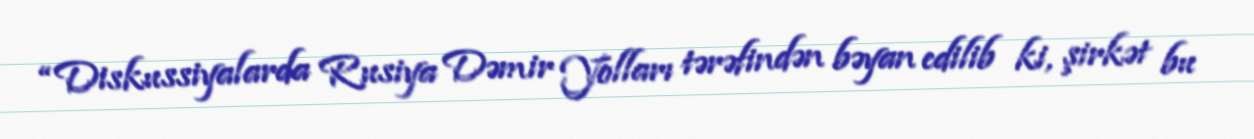
“Diskussiyalarda Rusiya Dəmir Yolları tərəfindən bəyan edilib ki, şirkət bu